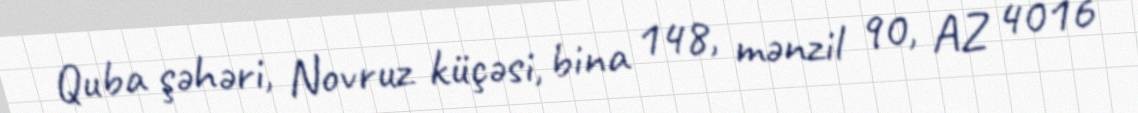
Quba şəhəri, Novruz küçəsi, bina 148, mənzil 90, AZ 4016